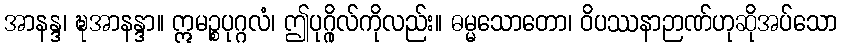
အာနန္ဒ၊ ဍ္ဎအာနန္ဒာ။ ဣမဉ္စပုဂ္ဂလံ၊ ဤပုဂ္ဂိုလ်ကိုလည်း။ ဓမ္မသောတော၊ ဝိပဿနာဉာဏ်ဟုဆိုအပ်သော